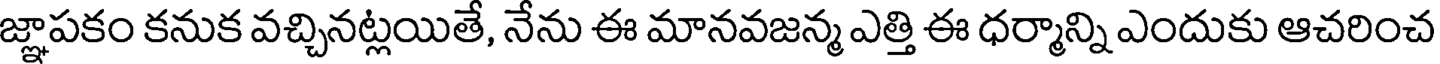
జ్ఞాపకం కనుక వచ్చినట్లయితే, నేను ఈ మానవజన్మ ఎత్తి ఈ ధర్మాన్ని ఎందుకు ఆచరించ